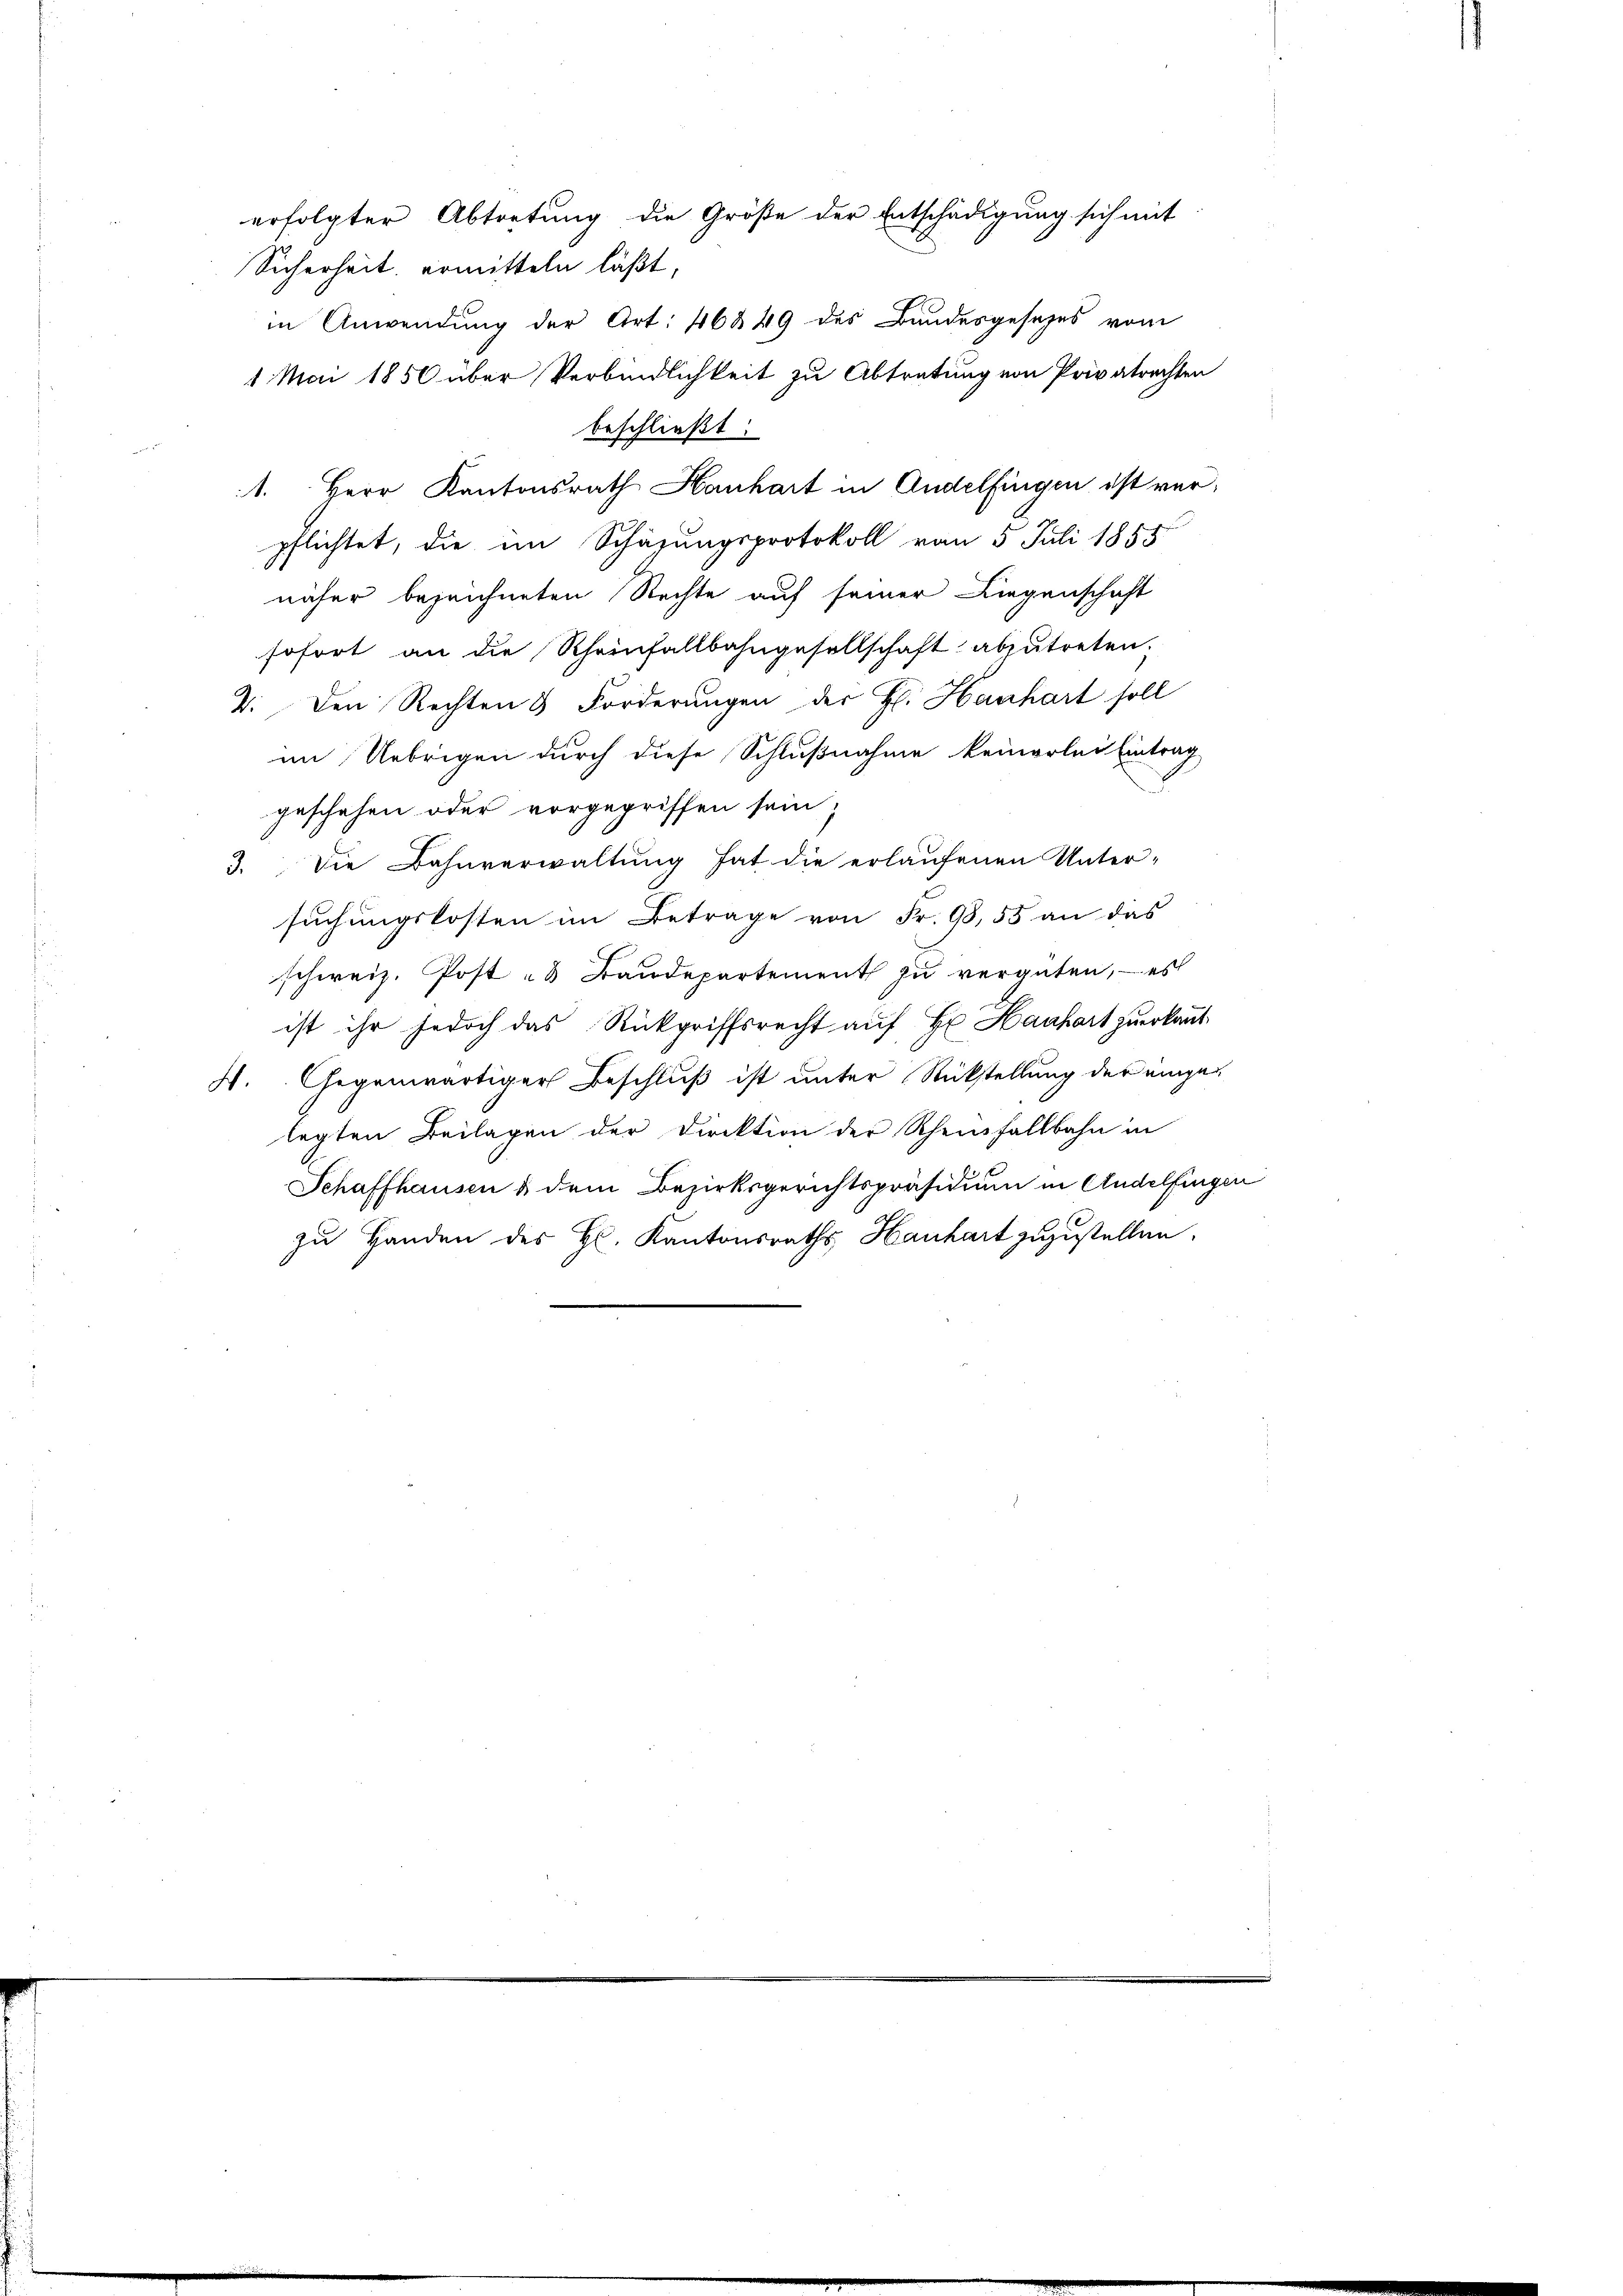
Sicherheit ermitteln läßt,
in Anwendung der Art. 46 § 49 des Bandesgesezes vom
1 Mai 1856 über Verbindlichkeit zu Abtretung von Privatrechten
beschließt:
1. Herr Kantonsrath Hanhart in Andelfingen ist verpflichtet, die im Schazungsprotokoll von 5 Juli 1855
näher bezeichneten Rechte auf seiner Liegenschaft
sofort an die Rheinfallbahngesellschaft abzutreten.
2. Den Rechten & Forderungen der H. Hanhart soll
im Uebrigen durch diese Schlußnahme keinerlei Eintrag
geschehen oder vorgegriffen sein;
3. Die Bahnverwaltung hat die erlaufenen Unter-
suchungskosten im Betrage von Fr. 98,55 an das
schweiz. Post- & Baudepartement zu vergüten, – es
ist ihr jedoch das Rückgriffsrecht auf Hr. Hanhart zuerkaut
4. Gegenwärtiger Beschluß ist unter Rückstellung der eingelegten Beilagen der Direktion der Scheinfallbahn in
Schaffhausen & dem Bezirksgerichtspräsidium in Andelfingen
zu Handen des Hs. Kantonsraths, Hanhart zuzustellen.

erfolgter Abtretung die Größe der Entschädigung sich mit